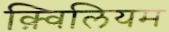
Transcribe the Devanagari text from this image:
क़्विलियम